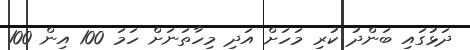
ދަޅުގައި ބަންދު ކުރި މަހަށް އަދި މިހާތަނަށް ހަމަ 100 އިން 100